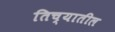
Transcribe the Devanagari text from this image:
तिच्‍यातील